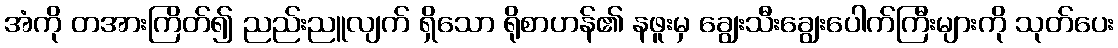
အံကို တအားကြိတ်၍ ညည်းညူလျက် ရှိသော ရိုစာဟန်၏ နဖူးမှ ချွေးသီးချွေးပေါက်ကြီးများကို သုတ်ပေး